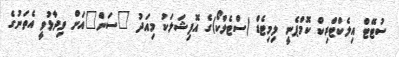
ސުޓޭޓް އިލެކްޓްރިކް ކޮމްޕެނީ ލިމިޓެޑް (ސްޓެލްކޯ)ގެ އޮފިޝަލަކު މިއަދު "ސަން"އަށް ވިދާޅުވީ އެތަނުގެ